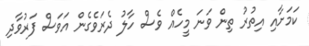
ކަމަށާއި އިތުރު ތިން ވަނަ މީހެއް ވެސް ހާލު ދެރަވެގެން އަވަސް ފަރުވާދި